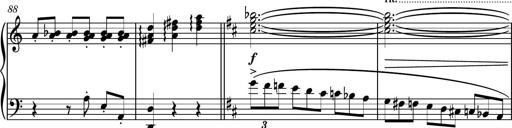
Title: Piano Sonatina No.4
Composer: Dimitri Sykias
Key: D major